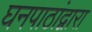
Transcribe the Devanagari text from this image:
घनपाठांद्वारा